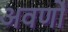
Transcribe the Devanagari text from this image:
अवर्णों